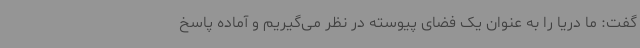
گفت: ما دریا را به عنوان یک فضای پیوسته در نظر می‌گیریم و آماده پاسخ